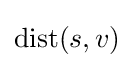
\operatorname {dist} (s,v)